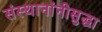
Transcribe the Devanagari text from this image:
संस्थानांनीसुद्धा